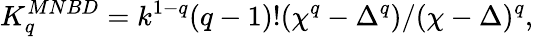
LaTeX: K_{q}^{MNBD}=k^{1-q}(q-1)!(\chi^{q}-\Delta^{q})/(\chi-\Delta)^{q},